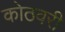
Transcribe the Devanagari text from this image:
कोठवरी